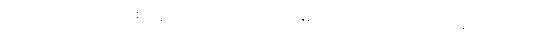
ပြောပါတယ်။ ဘဝသစ် ကူးတယ် ဆိုတာဟာ အိမ်ပြောင်းသလိုပါပဲ။ အိမ်အဟောင်းကို